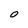
Character: O